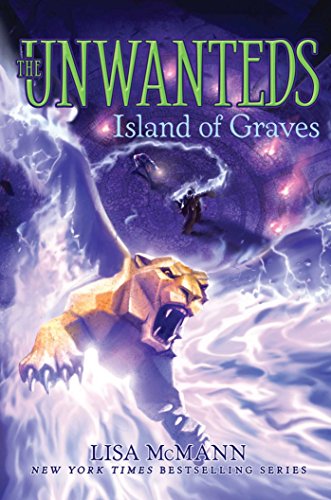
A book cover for Island of Graves (The Unwanteds); Lisa McMann; Children's Books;